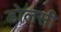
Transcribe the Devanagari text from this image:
डोलसी